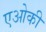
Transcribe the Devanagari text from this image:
एओकी